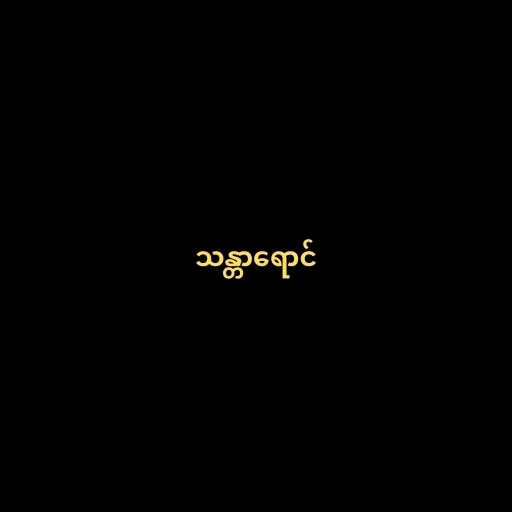
သန္တာရောင်